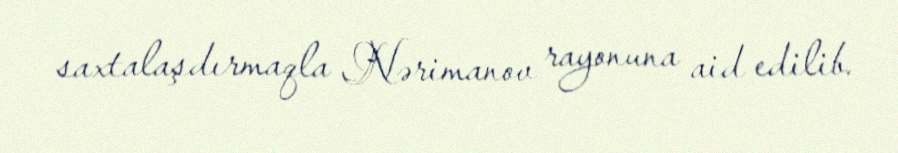
saxtalaşdırmaqla Nərimanov rayonuna aid edilib.